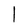
Character: l